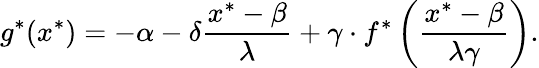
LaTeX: g^{*}(x^{*})=-\alpha-\delta{\frac{x^{*}-\beta}{\lambda}}+\gamma\cdot f^{*}\left({\frac{x^{*}-\beta}{\lambda\gamma}}\right).